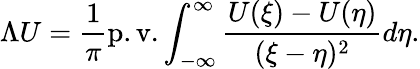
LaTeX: \Lambda U=\frac{1}{\pi}\mathrm{p.v.}\int_{-\infty}^{\infty}\frac{U(\xi)-U(\eta)}{(\xi-\eta)^{2}}d\eta.